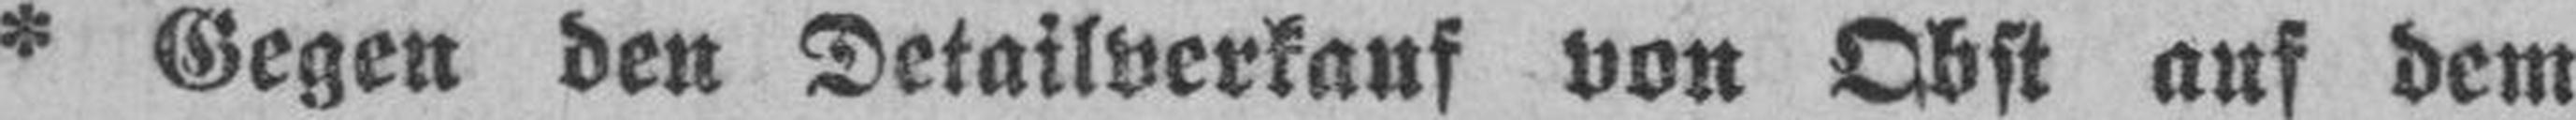
* Gegen den Detailverkauf von Obst auf dem